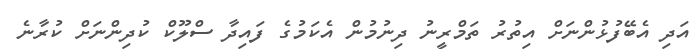
އަދި އެބޭފުޅުންނަށް އިތުރު ތަމްރީނު ދިނުމުން އެކަމުގެ ފައިދާ ސްލޫކް ކުދިންނަށް ކުރާނެ